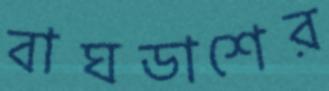
বাঘডাশের